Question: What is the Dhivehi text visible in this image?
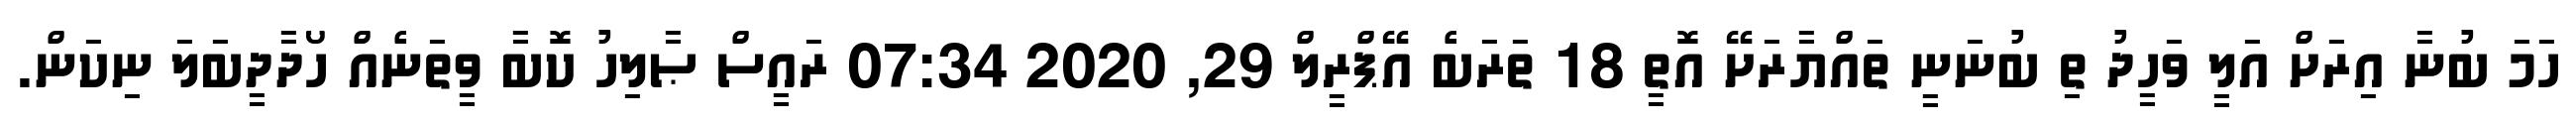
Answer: ހަމަ ބުނާ އިރަށް އަލީ ވަހީދު ތި ބުނަނީ ތައްޔާރަށޭ އޮތީ 18 ތަރަބެ އޭޕްރީލް 29, 2020 07:34 ރައީސް ޞާލިހު ކޮބާ ވީތަނެއް ހޯދާދީބަލަ ނިކަން.